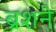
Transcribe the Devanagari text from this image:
ब्रशने